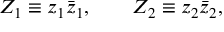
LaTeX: Z _ { 1 } \equiv z _ { 1 } \bar { z } _ { 1 } , \qquad Z _ { 2 } \equiv z _ { 2 } \bar { z } _ { 2 } ,